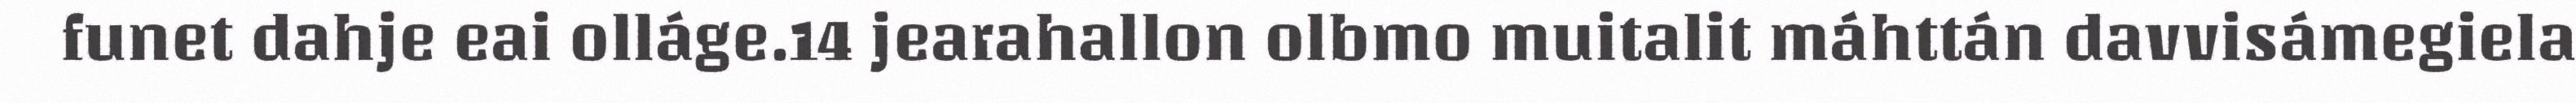
funet dahje eai olláge.14 jearahallon olbmo muitalit máhttán davvisámegiela